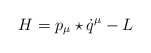
\begin{align*}H=p_{\mu}\star \dot{q}^{\mu}-L\end{align*}